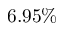
6 . 9 5 \%